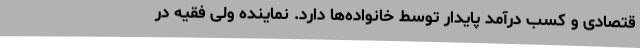
قتصادی و کسب درآمد پایدار توسط خانواده‌ها دارد. نماینده ولی فقیه در